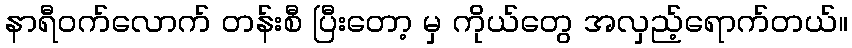
နာရီဝက်လောက် တန်းစီ ပြီးတော့ မှ ကိုယ်တွေ အလှည့်ရောက်တယ်။